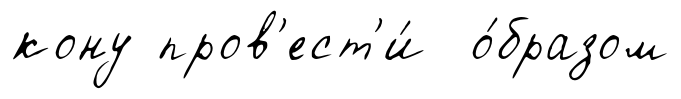
кону пров'ест'и́ о́бразом